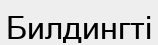
Билдингті